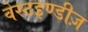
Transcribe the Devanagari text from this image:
वेस्टइण्डीज़